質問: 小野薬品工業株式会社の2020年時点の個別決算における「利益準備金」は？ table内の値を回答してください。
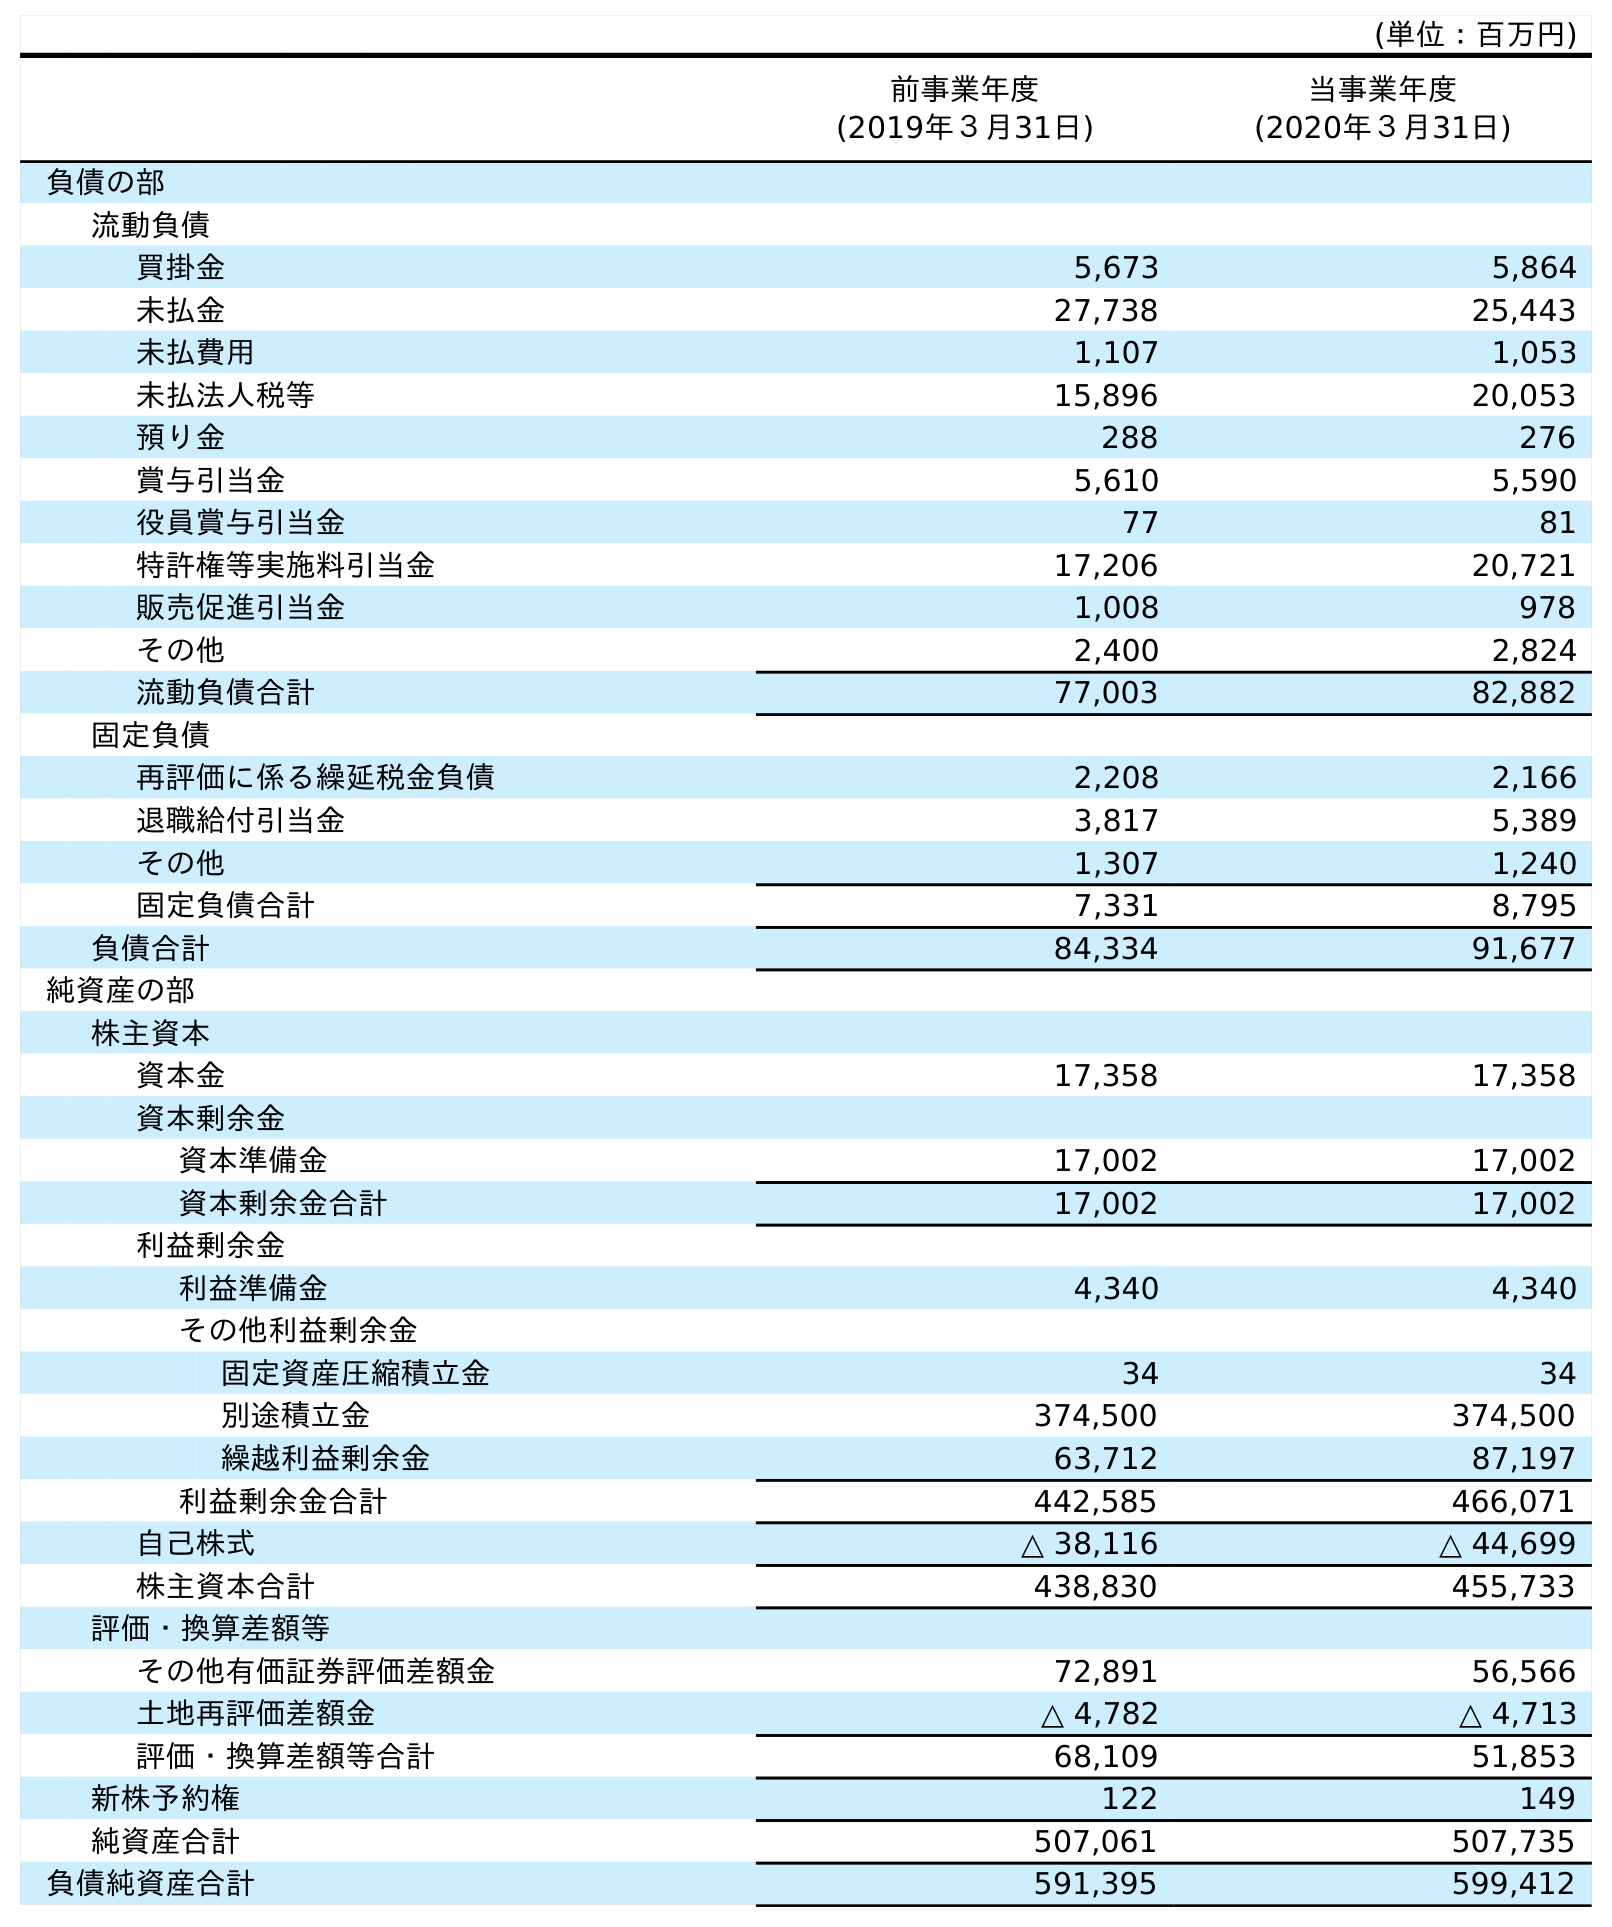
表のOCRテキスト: (単位：百万円) 前事業年度 (2019年３月31日) 当事業年度 (2020年３月31日) 負債の部 流動負債 買掛金 5,673 5,864 未払金 27,738 25,443 未払費用 1,107 1,053 未払法人税等 15,896 20,053 預り金 288 276 賞与引当金 5,610 5,590 役員賞与引当金 77 81 特許権等実施料引当金 17,206 20,721 販売促進引当金 1,008 978 その他 2,400 2,824 流動負債合計 77,003 82,882 固定負債 再評価に係る繰延税金負債 2,208 2,166 退職給付引当金 3,817 5,389 その他 1,307 1,240 固定負債合計 7,331 8,795 負債合計 84,334 91,677 純資産の部 株主資本 資本金 17,358 17,358 資本剰余金 資本準備金 17,002 17,002 資本剰余金合計 17,002 17,002 利益剰余金 利益準備金 4,340 4,340 その他利益剰余金 固定資産圧縮積立金 34 34 別途積立金 374,500 374,500 繰越利益剰余金 63,712 87,197 利益剰余金合計 442,585 466,071 自己株式 △ 38,116 △ 44,699 株主資本合計 438,830 455,733 評価・換算差額等 その他有価証券評価差額金 72,891 56,566 土地再評価差額金 △ 4,782 △ 4,713 評価・換算差額等合計 68,109 51,853 新株予約権 122 149 純資産合計 507,061 507,735 負債純資産合計 591,395 599,412
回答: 4,340